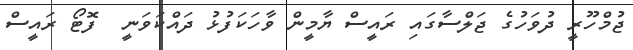
ޖުމްހޫރީ ދުވަހުގެ ޖަލްސާގައި ރައީސް ޔާމީން ވާހަކަފުޅު ދައްކަވަނީ  ފޮޓޯ ރައީސް